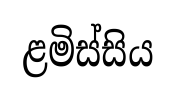
ළමිස්සිය